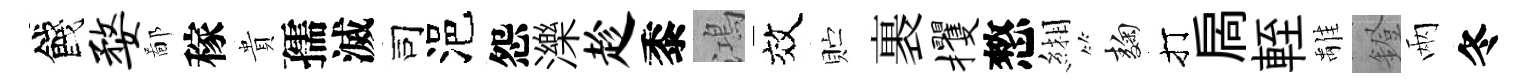
餞婺鄙稼貴孺滅司浥怨濼趁黍鴻效贮裹攫憗緗麹打扄輊𩀌鐙兩冬